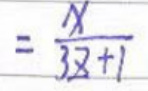
$= \frac { x } { 3 x + 1 }$